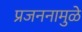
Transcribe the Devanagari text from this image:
प्रजननामुळे